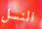
النسل